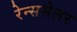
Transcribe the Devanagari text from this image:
रेन्ससेलर